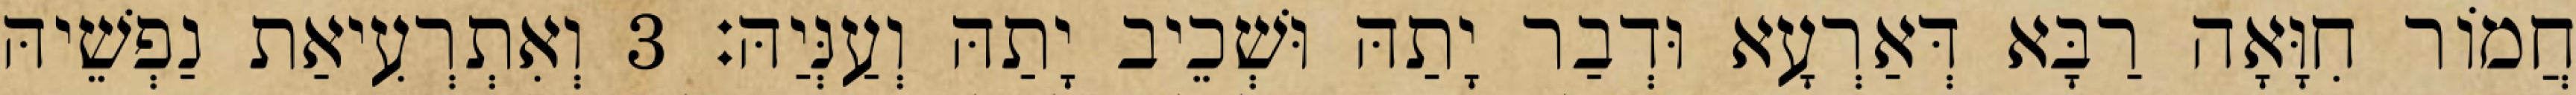
חֲמוֹר חִוָּאָה רַבָּא דְּאַרְעָא וּדְבַר יָתַהּ וּשְׁכֵיב יָתַהּ וְעַנְּיַהּ׃ 3 וְאִתְרְעִיאַת נַפְשֵׁיהּ